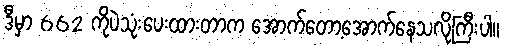
ဒီမှာ 662 ကိုပဲသုံးပေးထားတာက အောက်တော့အောက်နေသလိုကြီးပါ။